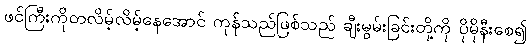
ဖင်ကြီးကိုတလိမ့်လိမ့်နေအောင် ကုန်သည်ဖြစ်သည် ချီးမွမ်းခြင်းတို့ကို ပိုမိုနီးစေ၍